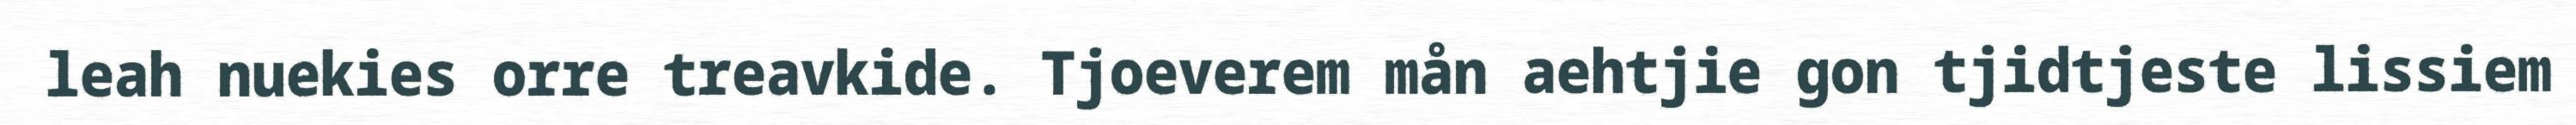
leah nuekies orre treavkide. Tjoeverem mån aehtjie gon tjidtjeste lissiem